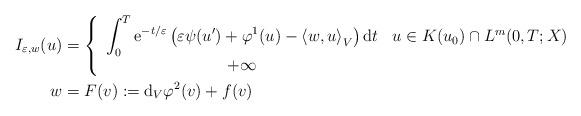
LaTeX: \begin{align*}I_{\varepsilon,w}(u) & =\left\{\begin{array}[c]{cc}\displaystyle{\int_{0}^{T}\mathrm{e}^{-t/\varepsilon}\left( \varepsilon\psi(u^{\prime})+\varphi^{1}(u)-\left\langle w,u\right\rangle _{V}\right)\mathrm{d}t} & u\in K(u_{0})\cap L^{m}(0,T;X)\\+\infty & \end{array}\right. \\w & =F(v):=\mathrm{d}_{V}\varphi^{2}(v)+f(v)\end{align*}